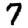
Digit: 7